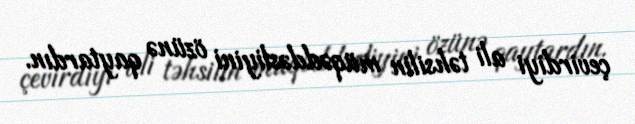
çevirdiyi ali təhsilin müqəddəsliyini özünə qaytardın.